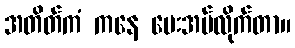
အတိတ်ကံ ကနေ ပေးအပ်လိုက်တာ။